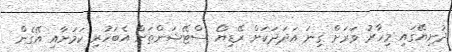
ދުނިޔޭގައި މިހާރު ވަރަށް ގިނަ އަދަދަކަށް ރޭޑިޔޯ ސްޓޭޝަންތަށް އެބަހުރި ކަމަށާއި އޭގެން